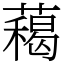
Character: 藒